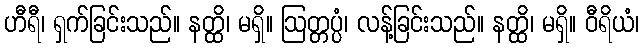
ဟီရီ၊ ရှက်ခြင်းသည်။ နတ္ထိ၊ မရှိ။ ဩတ္တပ္ပံ၊ လန့်ခြင်းသည်။ နတ္ထိ၊ မရှိ။ ဝီရိယံ၊